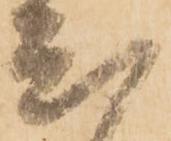
尤